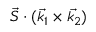
\vec { S } \cdot ( \vec { k _ { 1 } } \times \vec { k _ { 2 } } )